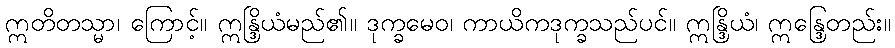
ဣတိတသ္မာ၊ ကြောင့်။ ဣန္ဒြိယံမည်၏။ ဒုက္ခမေဝ၊ ကာယိကဒုက္ခသည်ပင်။ ဣန္ဒြိယံ၊ ဣန္ဒြေတည်း။